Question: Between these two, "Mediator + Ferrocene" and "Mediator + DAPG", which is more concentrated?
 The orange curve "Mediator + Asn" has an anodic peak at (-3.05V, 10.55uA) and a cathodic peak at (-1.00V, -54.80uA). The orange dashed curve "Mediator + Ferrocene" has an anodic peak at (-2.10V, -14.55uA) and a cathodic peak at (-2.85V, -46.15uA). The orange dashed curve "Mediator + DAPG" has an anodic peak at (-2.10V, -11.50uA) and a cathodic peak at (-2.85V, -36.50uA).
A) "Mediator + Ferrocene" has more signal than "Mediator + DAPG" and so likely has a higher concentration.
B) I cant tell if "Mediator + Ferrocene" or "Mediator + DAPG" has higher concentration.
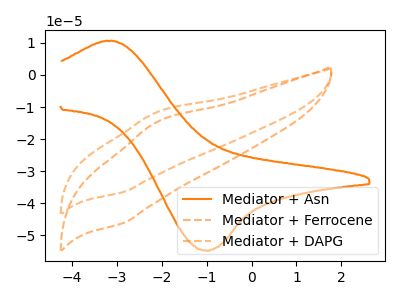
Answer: <think>All the peaks in "Mediator + Ferrocene" have a peak in "Mediator + DAPG" at the same potential.
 </think>
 <answer>B) I cant tell if "Mediator + Ferrocene" or "Mediator + DAPG" has higher concentration.</answer>
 <eval>B</eval>